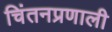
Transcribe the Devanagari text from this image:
चिंतनप्रणाली